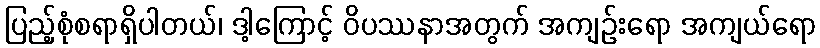
ပြည့်စုံစရာရှိပါတယ်၊ ဒါ့ကြောင့် ဝိပဿနာအတွက် အကျဉ်းရော အကျယ်ရော